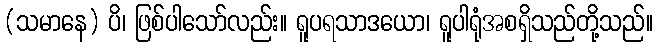
(သမာနေ) ပိ၊ ဖြစ်ပါသော်လည်း။ ရူပရသာဒယော၊ ရူပါရုံအစရှိသည်တို့သည်။